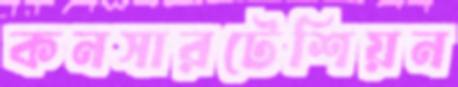
কনসারটেশিয়ন